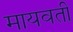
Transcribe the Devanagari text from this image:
मायवती